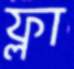
ফ্লা